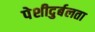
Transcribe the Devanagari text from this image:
पेशीदुर्बलता